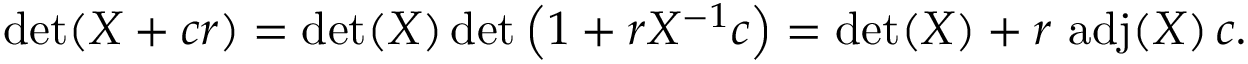
\operatorname* { d e t } ( X + c r ) = \operatorname* { d e t } ( X ) \operatorname* { d e t } \left( 1 + r X ^ { - 1 } c \right) = \operatorname* { d e t } ( X ) + r \, \operatorname { a d j } ( X ) \, c .